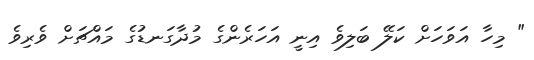
" މިހާ އަވަހަށް ކަލޭ ބަލިވެ އިނީ އަހަރެންގެ މުދާގަނޑުގެ މައްޗަށް ވެރިވެ